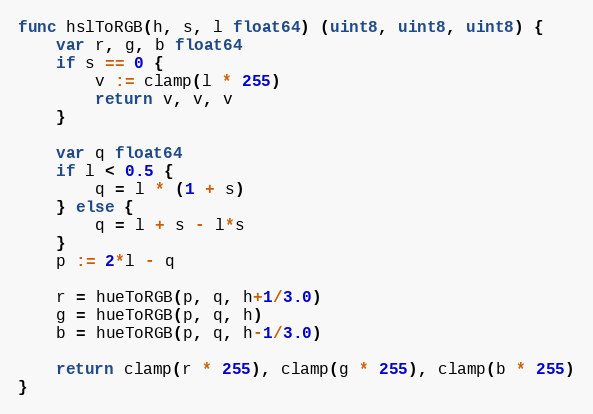
Language: Go
func hslToRGB(h, s, l float64) (uint8, uint8, uint8) {
	var r, g, b float64
	if s == 0 {
		v := clamp(l * 255)
		return v, v, v
	}

	var q float64
	if l < 0.5 {
		q = l * (1 + s)
	} else {
		q = l + s - l*s
	}
	p := 2*l - q

	r = hueToRGB(p, q, h+1/3.0)
	g = hueToRGB(p, q, h)
	b = hueToRGB(p, q, h-1/3.0)

	return clamp(r * 255), clamp(g * 255), clamp(b * 255)
}